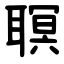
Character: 䏃